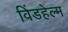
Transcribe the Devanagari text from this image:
विंडहेल्म